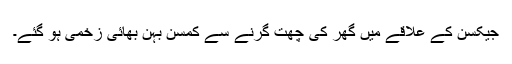
جیکسن کے علاقے میں گھر کی چھت گرنے سے کمسن بہن بھائی زخمی ہو گئے۔